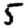
Digit: 5